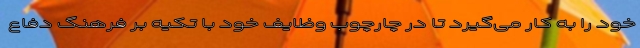
خود را به کار می‌گیرد تا در چارچوب وظایف خود با تکیه بر فرهنگ دفاع